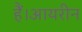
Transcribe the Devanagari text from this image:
हैं।आयरीन